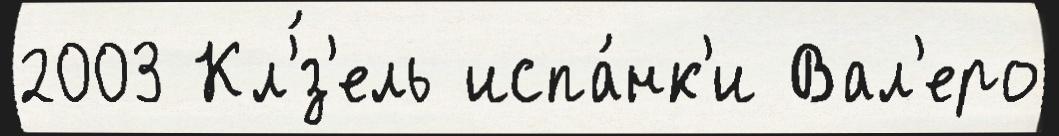
2003 Кл'́з'ель испа́нк'и Вал'еро